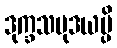
ဒုက္ခသမုဒယမ္ပိ